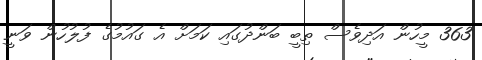
363 މީހުން އަދިވެސް ތިބީ ބަންދުގައި ކަމަށް އެ ގައުމުގެ ފުލުހުން ވަނީ